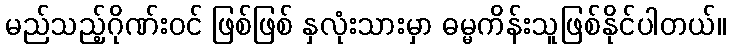
မည်သည့်ဂိုဏ်းဝင် ဖြစ်ဖြစ် နှလုံးသားမှာ ဓမ္မကိန်းသူဖြစ်နိုင်ပါတယ်။